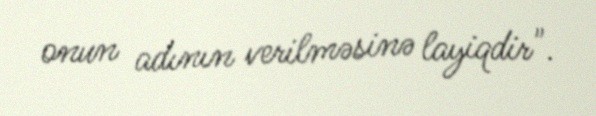
onun adının verilməsinə layiqdir".